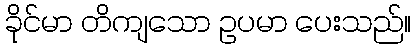
ခိုင်မာ တိကျသော ဥပမာ ပေးသည်။